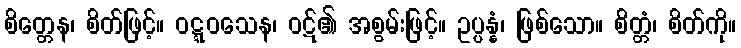
စိတ္တေန၊ စိတ်ဖြင့်။ ဝဋ္ဋဝသေန၊ ဝဋ်၏ အစွမ်းဖြင့်။ ဥပ္ပန္နံ၊ ဖြစ်သော။ စိတ္တံ၊ စိတ်ကို။